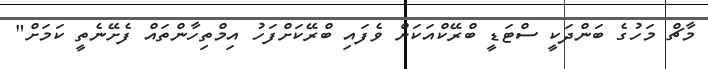
މާޗް މަހުގެ ބަންދަކީ ސްޓަޑީ ބްރޭކްއަކަށް ވެފައި ބްރޭކަށްފަހު އިމްތިހާންތައް ފެށޭނެތީ ކަމަށް"